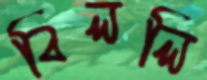
বিললি